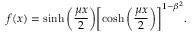
f ( x ) = \sinh { \biggl ( \frac { \mu x } { 2 } \biggr ) } \biggl [ \cosh { \biggl ( \frac { \mu x } { 2 } \biggr ) } \biggr ] ^ { 1 - \beta ^ { 2 } } .